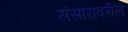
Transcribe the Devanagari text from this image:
संसारावरील